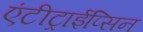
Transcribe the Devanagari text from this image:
एंटीट्राईप्सिन